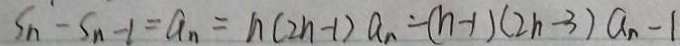
S _ { n } - S _ { n } - 1 = a _ { n } = n ( 2 n - 1 ) a _ { n } - ( n - 1 ) ( 2 n - 3 ) a _ { n } - 1